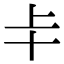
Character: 𠦀